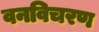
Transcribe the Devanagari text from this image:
वनविचरण